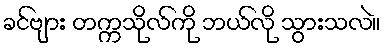
ခင်ဗျား တက္ကသိုလ်ကို ဘယ်လို သွားသလဲ။